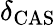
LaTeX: \delta_{\mathrm{CAS}}